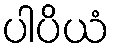
ပါပိယံ